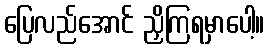
ပြေလည်အောင် ညှိကြရမှာပေါ့။